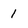
Character: 1